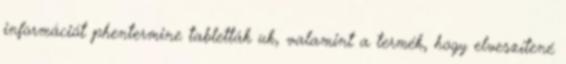
információt phentermine tabletták uk, valamint a termék, hogy elveszítené